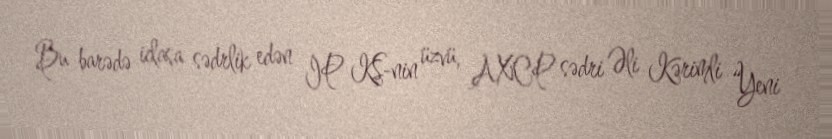
Bu barədə iclasa sədrlik edən İP KŞ-nin üzvü, AXCP sədri Əli Kərimli “Yeni